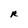
Character: R